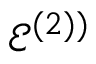
\mathcal { E } ^ { ( 2 ) ) }